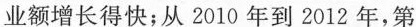
业额增长得快；从2010年到2012年，第